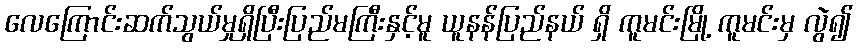
လေကြောင်းဆက်သွယ်မှုရှိပြီးပြည်မကြီးနှင့်မူ ယူနန်ပြည်နယ် ရှိ ကူမင်းမြို့ ကူမင်းမှ လွဲ၍